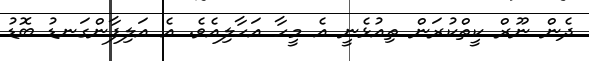
ދެން ނޫރް ކީތްކުރަން ތިއުޅެނީ އެ މީހާ އަހާލިއެވެ. އެ އަލިފާންގަނޑު ބޮޑު